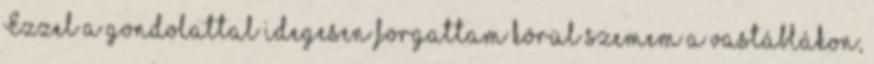
Ezzel a gondolattal idegesen forgattam körül szemem a vastáblákon,